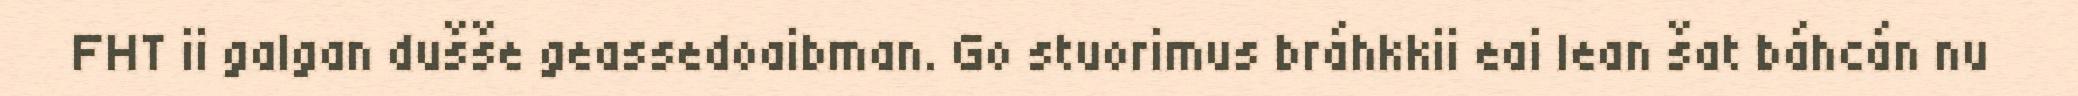
FHT ii galgan dušše geassedoaibman. Go stuorimus bráhkkii eai lean šat báhcán nu